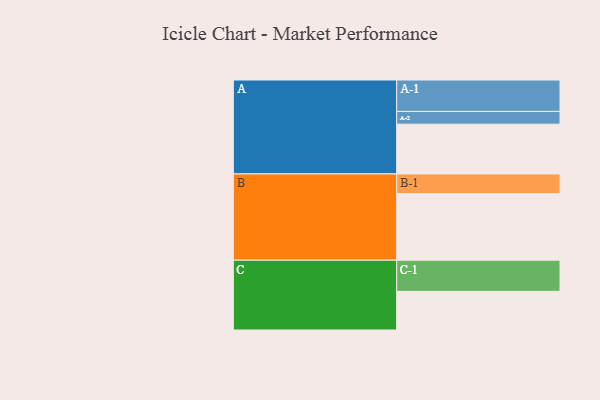
{"axis": {"x": "Segment", "y": "Value"}, "legend": ["", "A", "B", "C"], "data": [{"x": "A", "y": 433, "type": ""}, {"x": "B", "y": 579, "type": ""}, {"x": "C", "y": 336, "type": ""}, {"x": "A-1", "y": 273, "type": "A"}, {"x": "A-2", "y": 111, "type": "A"}, {"x": "B-1", "y": 171, "type": "B"}, {"x": "C-1", "y": 271, "type": "C"}]}